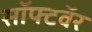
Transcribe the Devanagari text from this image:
सॉफ्टवॅर